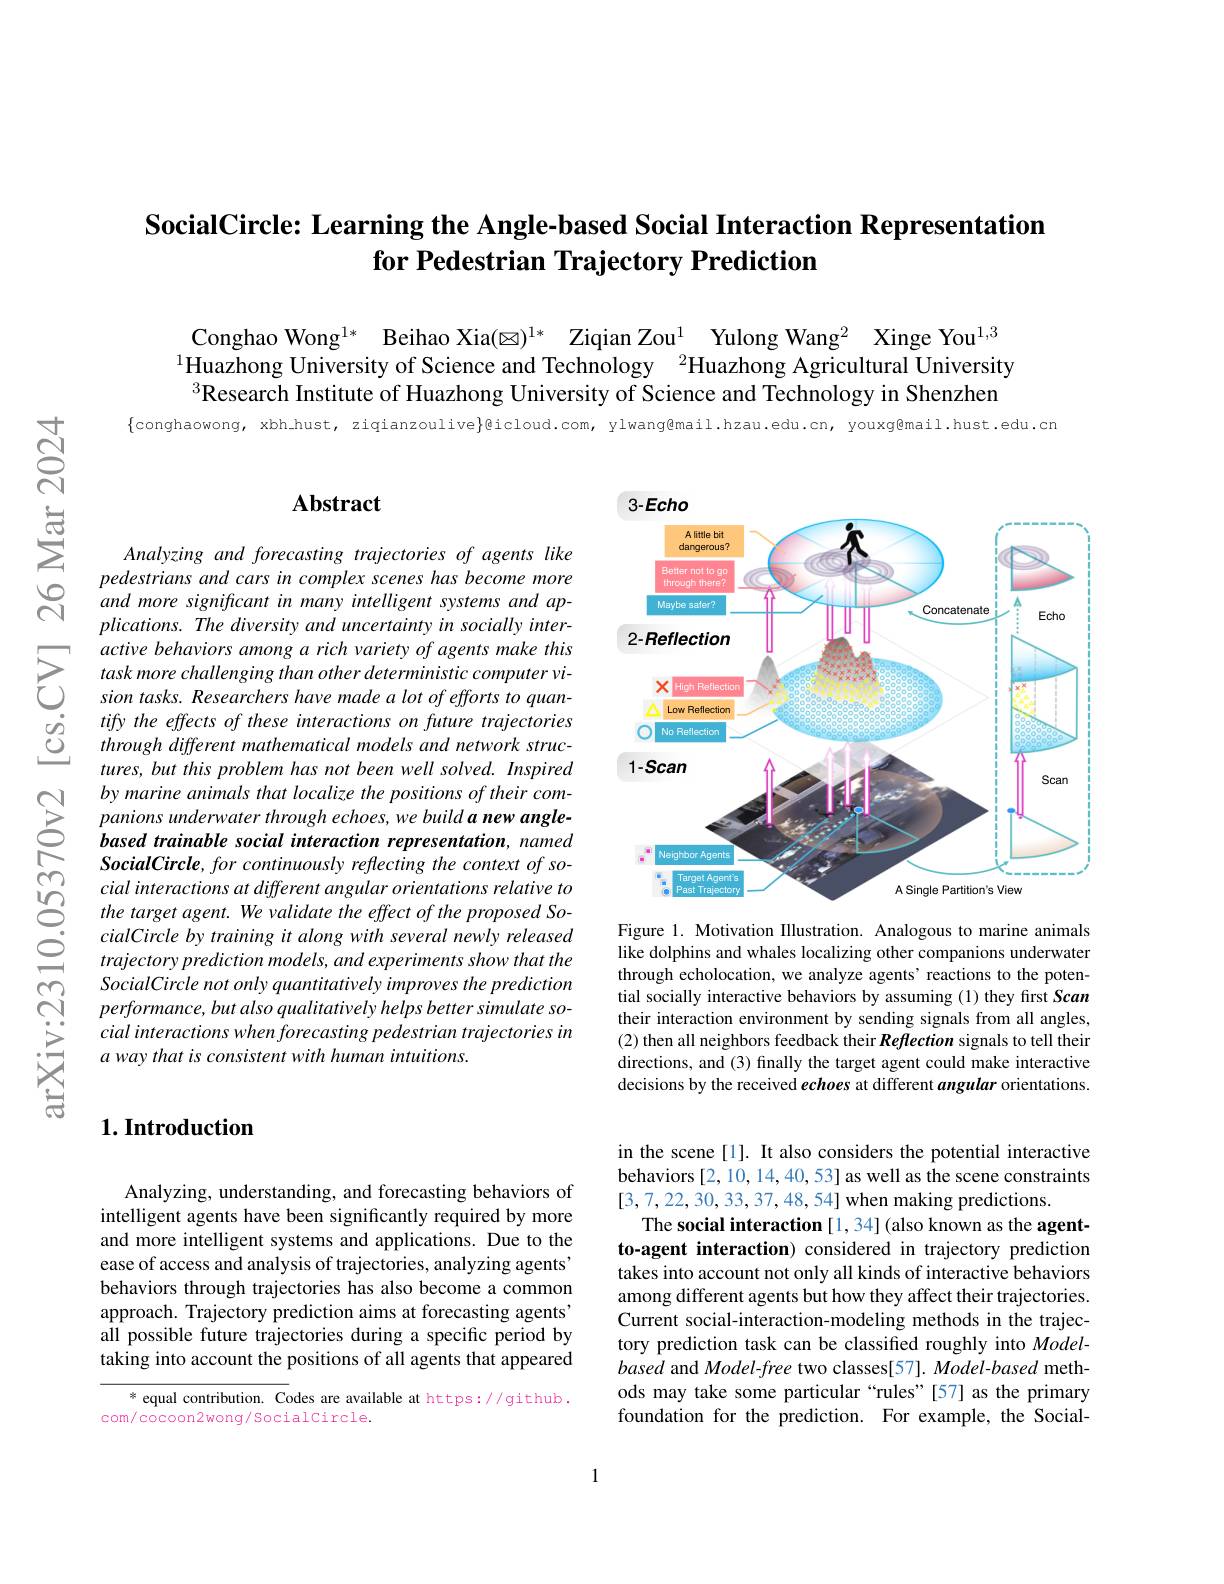
# SocialCircle: Learning the Angle-based Social Interaction Representation for Pedestrian Trajectory Prediction

Conghao Wong$^{1* }$ Beihao Xia($\boxtimes ) ^{1* }$ Ziqian Zou$^{1}$ Yulong Wang$^{2}$ Xinge You$^{1,3}$ $^{1}$Huazhong University of Science and Technology $^2$Huazhong Agricultural University $^{3}$Research Institute of Huazhong University of Science and Technology in Shenzhen

$\{$conghaowong, xbh_hust, ziqianzoulive$\}$@icloud.com, ylwang@mail.hzau.edu.cn, youxg@mail.hust.edu.cn

### $\mathbf{Abstract}$

Analyzing and forecasting trajectories of agents like pedestrians and cars in complex scenes has become more and more significant in many intelligent systems and applications. The diversity and uncertainty in socially inter-
$\sum_{\begin{array}{cc}&\text{active behaviors among a rich variety of agents make this}\end{array}}$
tures, but this problem has not been well solved. Inspired by marine animals that localize the positions of their companions underwater through echoes, we build a new anglebased trainable social interaction representation, named SocialCircle, for continuously reflecting the context of social interactions at different angular orientations relative to the target agent. We validate the effect of the proposed SocialCircle by training it along with several newly released trajectory prediction models, and experiments show that the SocialCircle not only quantitatively improves the prediction performance, but also qualitatively helps better simulate social interactions when forecasting pedestrian trajectories in a way that is consistent with human intuitions.

## $1. \textbf{Introduction}$

Analyzing, understanding, and forecasting behaviors of intelligent agents have been significantly required by more and more intelligent systems and applications. Due to the ease of access and analysis of trajectories, analyzing agents' behaviors through trajectories has also become a common approach. Trajectory prediction aims at forecasting agents" all possible future trajectories during a specific period by taking into account the positions of all agents that appeared

* equal contribution. Codes are available at https://github.
com/cocoon2wong/Socialcircle.

<FigureHere>

Figure 1. Motivation Illustration. Analogous to marine animals like dolphins and whales localizing other companions underwater through echolocation, we analyze agents' reactions to the potential socially interactive behaviors by assuming (1) they first Scan their interaction environment by sending signals from all angles, (2) then all neighbors feedback their Reflection signals to tell their directions, and (3) finally the target agent could make interactive decisions by the received echoes at different angular orientations.

in the scene [1]. It also considers the potential interactive behaviors[2,10,14,40,53] as well as the scene constraints [3,7,22,30,33,37,48,54] when making predictions
The social interaction [1,34] (also known as the agentto-agent interaction) considered in trajectory prediction takes into account not only all kinds of interactive behaviors among different agents but how they affect their trajectories. Current social-interaction-modeling methods in the trajectory prediction task can be classified roughly into Modelbased and Model-free two classes[57]. Model-based methods may take some particular“rules”[57] as the primary foundation for the prediction. For example, the Social-

1